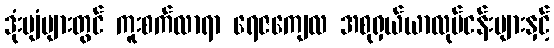
ဒုံးပျံများတွင် ကူးစက်လာရာ ရေဇကျေလ အစုရှယ်ယာလုပ်ငန်းများနှင့်